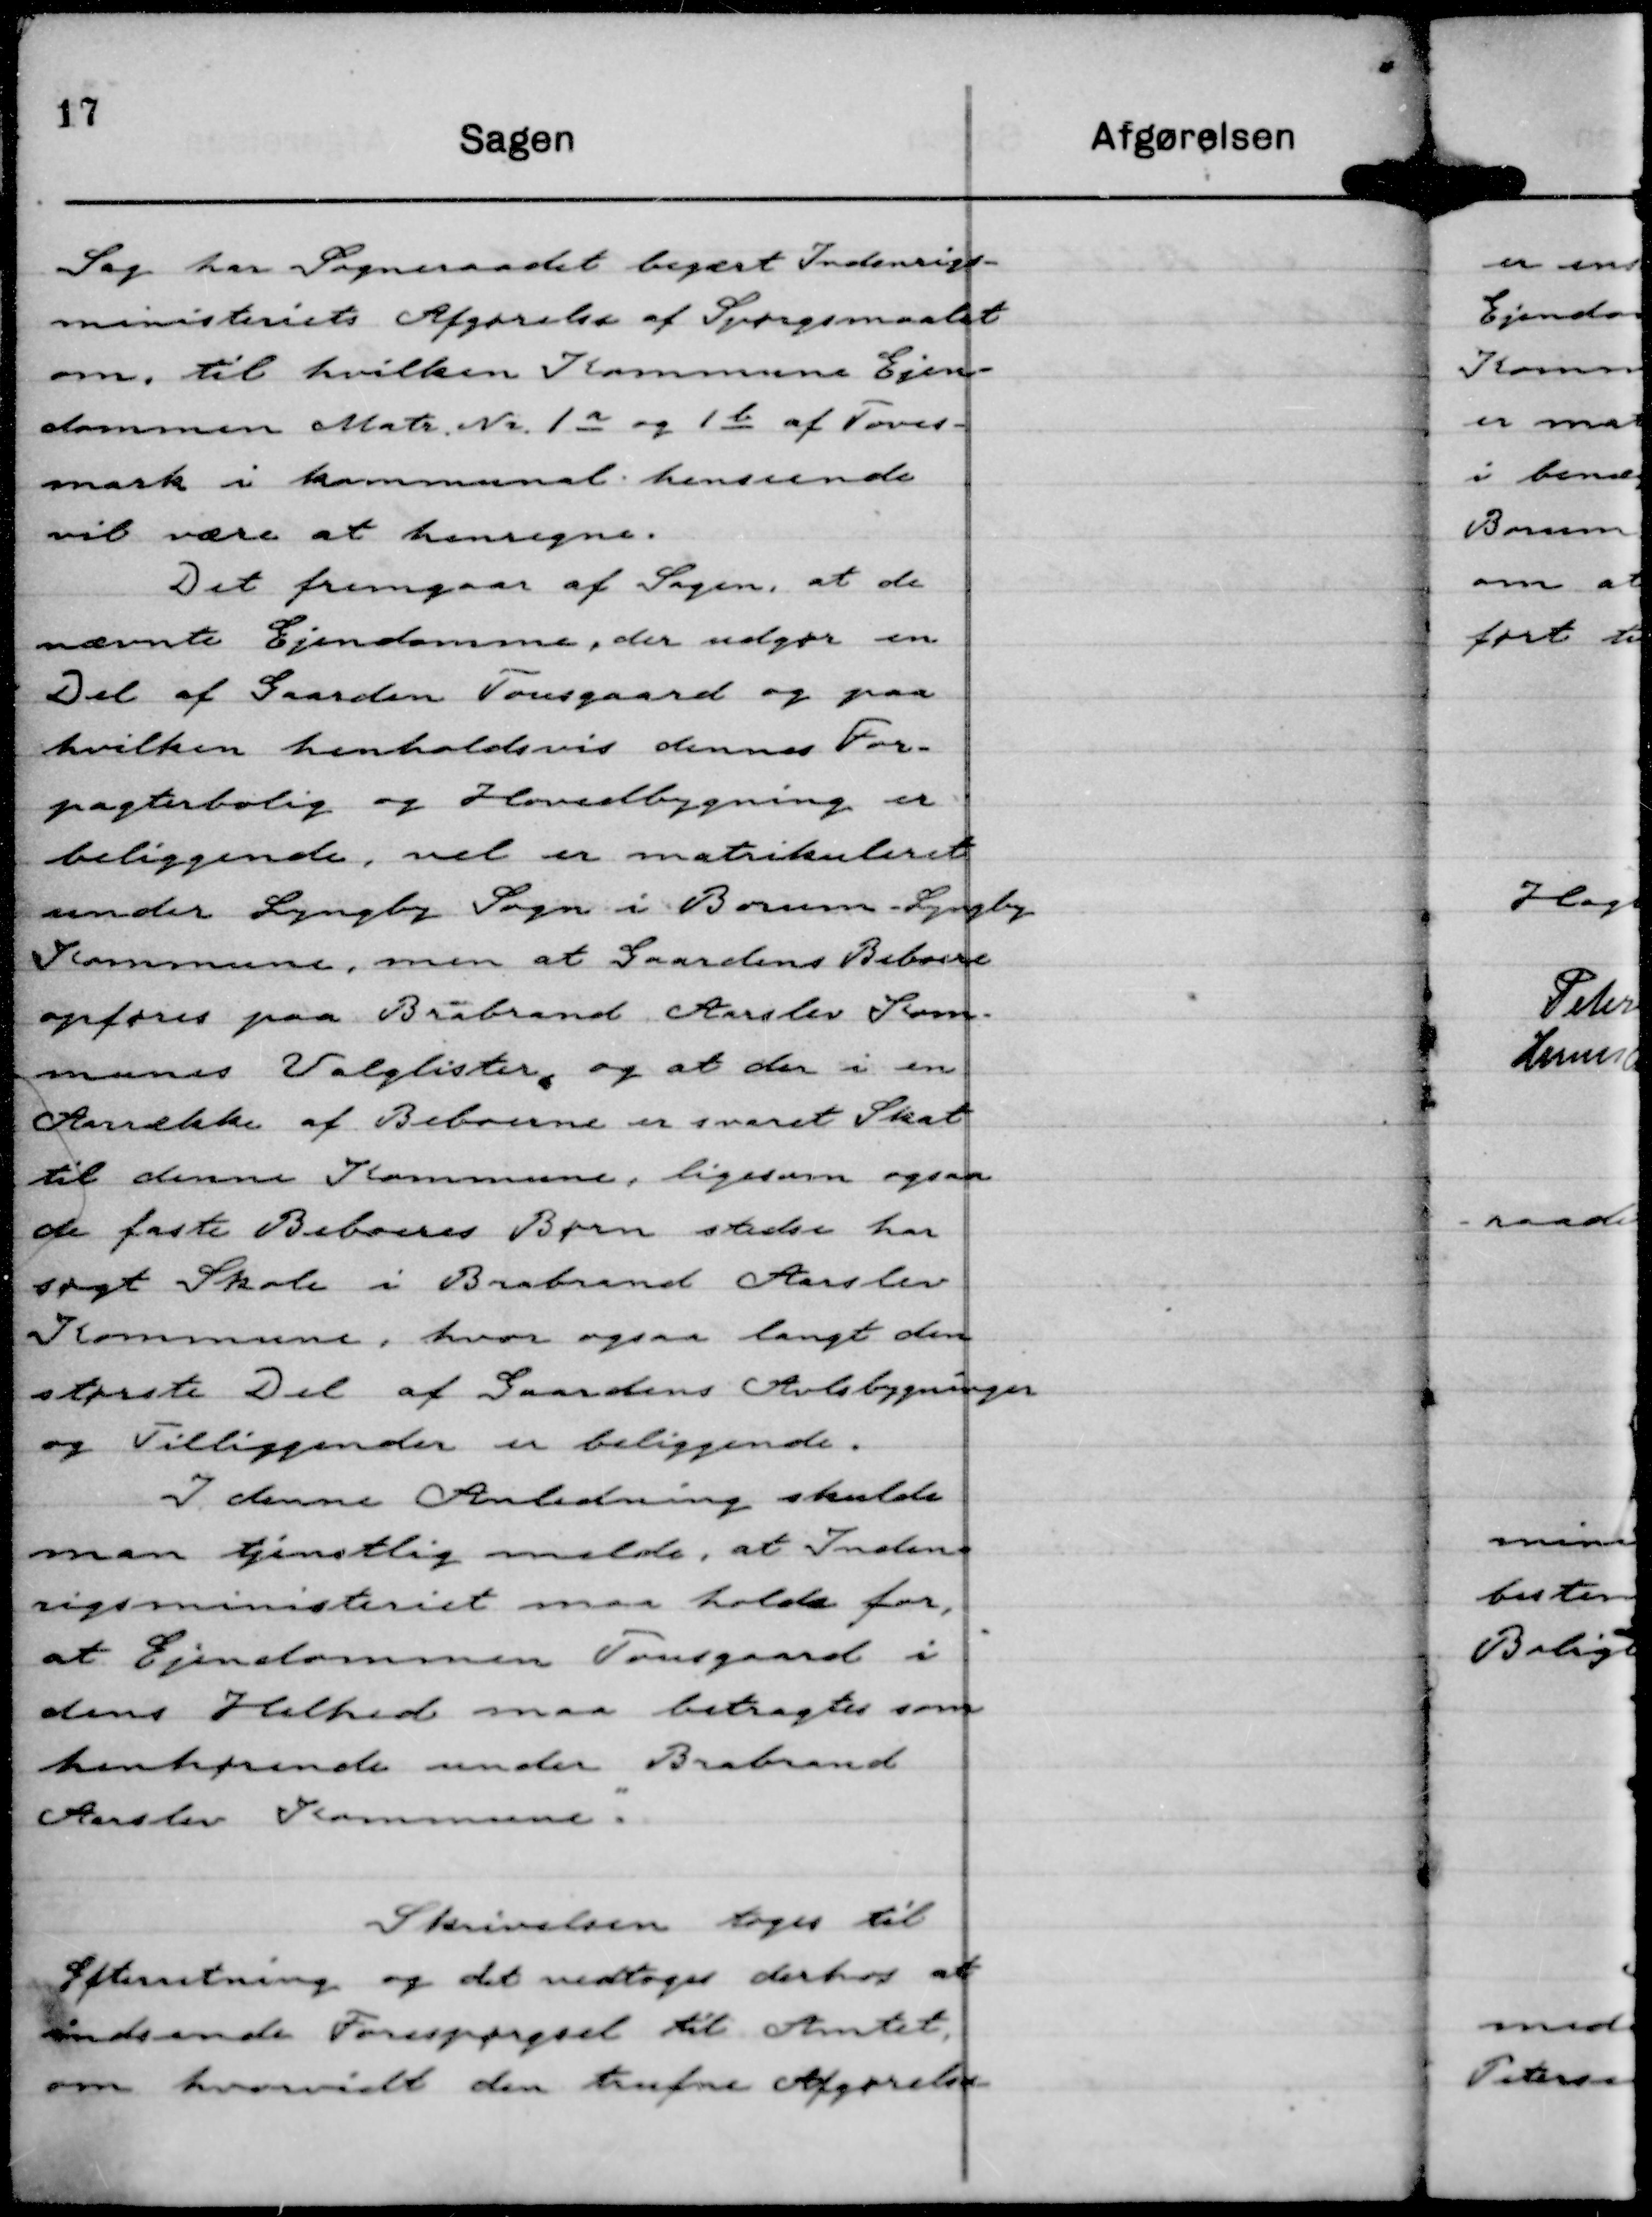
Transskription:
Sag har Sogneraadet begært Indenrigs-
ministeriets Afgørelse af Spørgsmaalet
om, til hvilken Kommune Ejen-
dommen Matr. Nr. 1 a og 1 b af Toves-
mark i kommunal henseende
vil være at henregne.
Det fremgaar af Sagen, at de
nævnte Ejendomme, der udgør en
Del af Gaarden Tousgaard og paa
hvilken henholdsvis dennes For-
pagterbolig og Hovedbygning er
beliggende, vel er matrikuleret
under Lyngby Sogn i Borum - Lyngby
Kommune, men at Gaardens Beboere
opføres paa Brabrand Aarslev Kom-
munes Valglister, og at der i en
Aarrække af Beboerne er svaret Skat
til denne Kommune, ligesom ogsaa
de faste Beboeres Børn stedse har
søgt Skole i Brabrand Aarslev
Kommune, hvor ogsaa langt den
største Del af Gaardens Avlsbygninger
og Tilliggender er beliggende.
I denne Anledning skulde
man tjenstlig melde, at Inden-
rigsministeriet maa holde for,
at Ejendommen Tousgaard i
dens Helhed maa betragtes som
henhørende under Brabrand
Aarslev Kommune.
"

Skrivelsen toges til
Efterretning og det vedtoges derhos at
indsende Forespørgsel til Amtet,
om hvorvidt den trufne Afgørelse